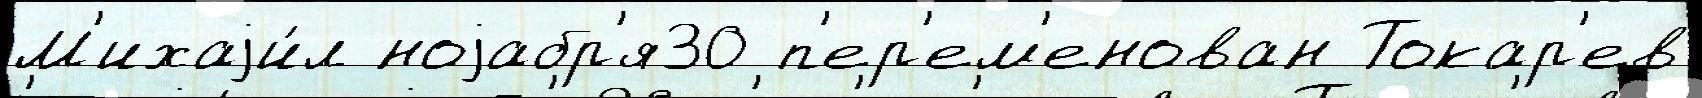
М'ихаjи́л ноjабр'я30 п'ер'ем'енован Токар'ев